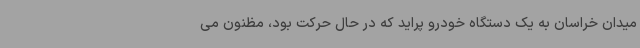
میدان خراسان به یک دستگاه خودرو پراید که در حال حرکت بود، مظنون می